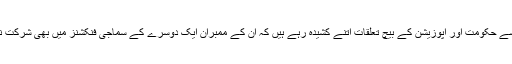
پچھلے چند سال سے حکومت اور اپوزیشن کے بیچ تعلقات اتنے کشیدہ رہے ہیں کہ ان کے ممبران ایک دوسرے کے سماجی فنکشنز میں بھی شرکت نہیں کر پائے ہیں۔